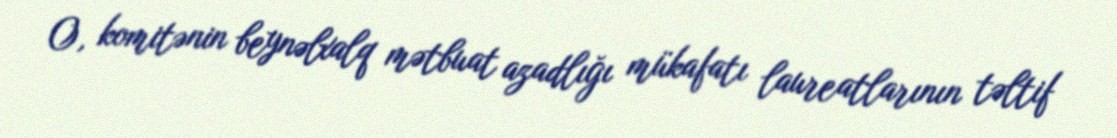
O, komitənin beynəlxalq mətbuat azadlığı mükafatı laureatlarının təltif